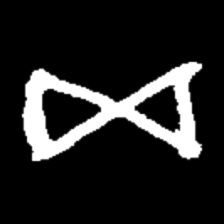
Pyu character \u2014 Myanmar letter: ဆ (romanized: cha)